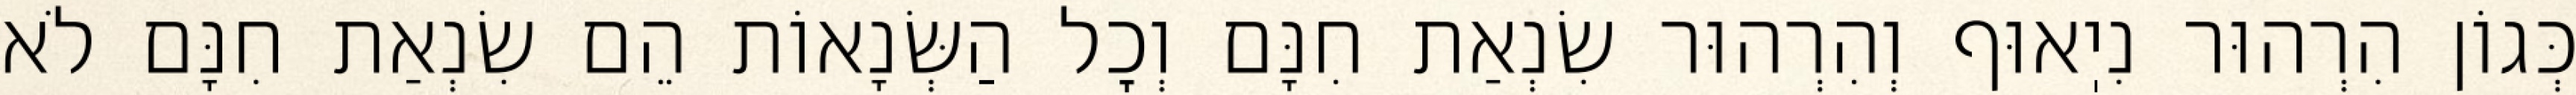
כְּגוֹן הִרְהוּר נִיֽאוּף וְהִרְהוּר שִׂנְאַת חִנָּם וְכׇל הַשְּׂנָאוֹת הֵם שִׂנְאַת חִנָּם לֹא